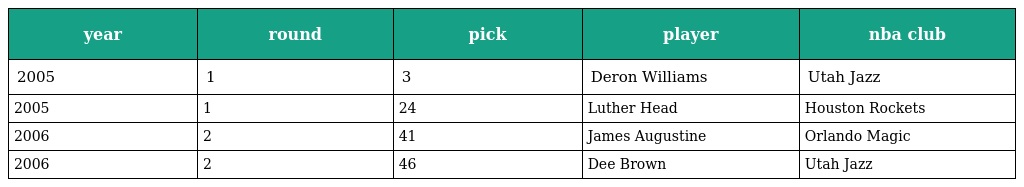
| year | round | pick | player | nba club |
 | --- | --- | --- | --- | --- |
 | 2005 | 1 | 3 | Deron Williams | Utah Jazz |
 | 2005 | 1 | 24 | Luther Head | Houston Rockets |
 | 2006 | 2 | 41 | James Augustine | Orlando Magic |
 | 2006 | 2 | 46 | Dee Brown | Utah Jazz |